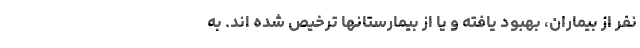
نفر از بیماران، بهبود یافته و یا از بیمارستانها ترخیص شده اند. به